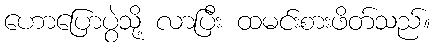
ဟောပြောပွဲသို့ လာပြီး ထမင်းစားဖိတ်သည်။